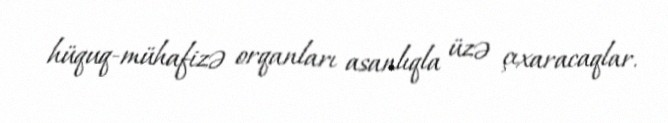
hüquq-mühafizə orqanları asanlıqla üzə çıxaracaqlar.